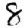
Digit: 8